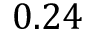
0 . 2 4